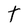
Character: T